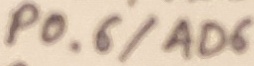
Text: P0.6/AD6